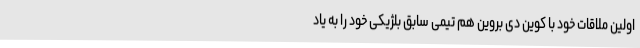
اولین ملاقات خود با کوین دی بروین هم تیمی سابق بلژیکی خود را به یاد